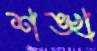
শঙ্খ